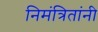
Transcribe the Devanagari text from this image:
निमंत्रितांनी